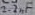
Text: 2.2µF